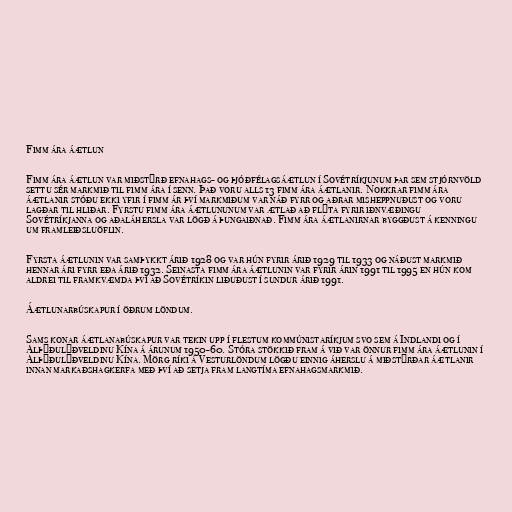
Fimm ára áætlun

Fimm ára áætlun var miðstýrð efnahags- og þjóðfélagsáætlun í Sovétríkjunum þar sem stjórnvöld
settu sér markmið til fimm ára í senn. Það voru alls 13 fimm ára áætlanir. Nokkrar fimm ára
áætlanir stóðu ekki yfir í fimm ár því markmiðum var náð fyrr og aðrar misheppnuðust og voru
lagðar til hliðar. Fyrstu fimm ára áætlununum var ætlað að flýta fyrir iðnvæðingu
Sovétríkjanna og aðaláhersla var lögð á þungaiðnað. Fimm ára áætlanirnar byggðust á kenningu
um framleiðsluöflin.

Fyrsta áætlunin var samþykkt árið 1928 og var hún fyrir árið 1929 til 1933 og náðust markmið
hennar ári fyrr eða árið 1932. Seinasta fimm ára áætlunin var fyrir árin 1991 til 1995 en hún kom
aldrei til framkvæmda því að Sovétríkin liðuðust í sundur árið 1991.

Áætlunarbúskapur í öðrum löndum.

Sams konar áætlanabúskapur var tekin upp í flestum kommúnistaríkjum svo sem á Indlandi og í
Alþýðulýðveldinu Kína á árunum 1950-60. Stóra stökkið fram á við var önnur fimm ára áætlunin í
Alþýðulýðveldinu Kína. Mörg ríki á Vesturlöndum lögðu einnig áherslu á miðstýrðar áætlanir
innan markaðshagkerfa með því að setja fram langtíma efnahagsmarkmið.